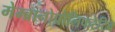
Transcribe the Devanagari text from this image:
मेम्ब्रानोप्रोलिफरेटिव